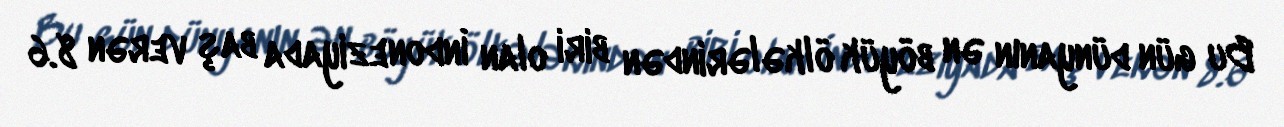
Bu gün dünyanın ən böyük ölkələrindən biri olan İndoneziyada baş verən 8.6